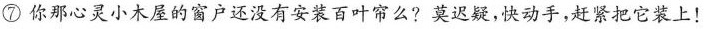
⑦你那心灵小木屋的窗户还没有安装百叶帘么?莫迟疑，快动手，赶紧把它装上!